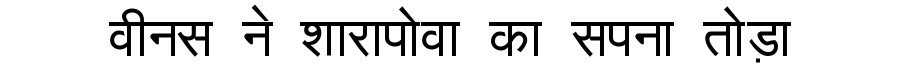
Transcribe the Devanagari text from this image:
वीनस ने शारापोवा का सपना तोड़ा